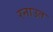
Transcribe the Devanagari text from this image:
रनाउत